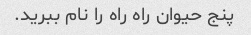
پنج حیوان راه راه را نام ببرید.